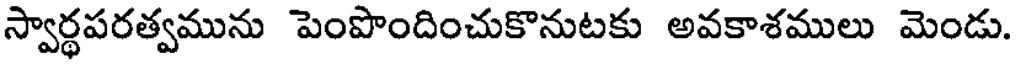
స్వార్థపరత్వమును పెంపొందించుకొనుటకు అవకాశములు మెండు.